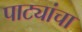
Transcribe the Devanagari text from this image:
पाट्यांचा